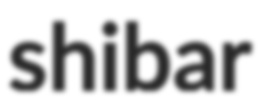
shibar